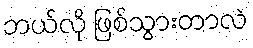
ဘယ်လို ဖြစ်သွားတာလဲ